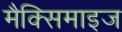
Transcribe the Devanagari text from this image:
मैक्सिमाइज